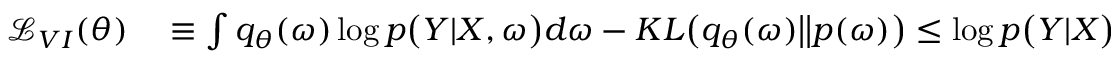
\begin{array} { r l } { \mathcal { L } _ { V I } ( \theta ) } & { { } \equiv \int q _ { \theta } ( \boldsymbol { \omega } ) \log p \big ( \boldsymbol { Y } | \boldsymbol { X } , \boldsymbol { \omega } \big ) d \boldsymbol { \omega } - K L \big ( q _ { \theta } ( \boldsymbol { \omega } ) \big | \big | p ( \boldsymbol { \omega } ) \big ) \leq \log p \big ( \boldsymbol { Y } | \boldsymbol { X } \big ) } \end{array}